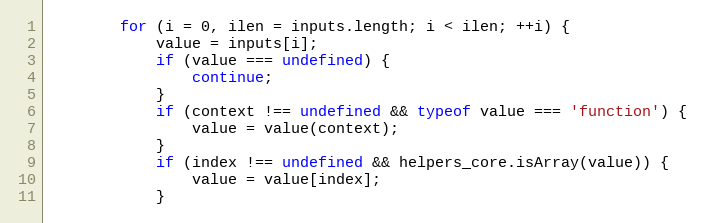
Language: JavaScript
		for (i = 0, ilen = inputs.length; i < ilen; ++i) {
			value = inputs[i];
			if (value === undefined) {
				continue;
			}
			if (context !== undefined && typeof value === 'function') {
				value = value(context);
			}
			if (index !== undefined && helpers_core.isArray(value)) {
				value = value[index];
			}